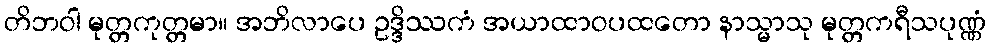
တိဘဝါ မုတ္တကုတ္တမာ။ အဘိလာပေ ဥဒ္ဒိဿကံ အယာထာဝပထတော နာသ္မာသု မုတ္တကရီသပုဏ္ဏံ